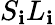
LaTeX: S_{\mathbf{i}}L_{\mathbf{i}}